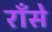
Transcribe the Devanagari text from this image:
राँसे